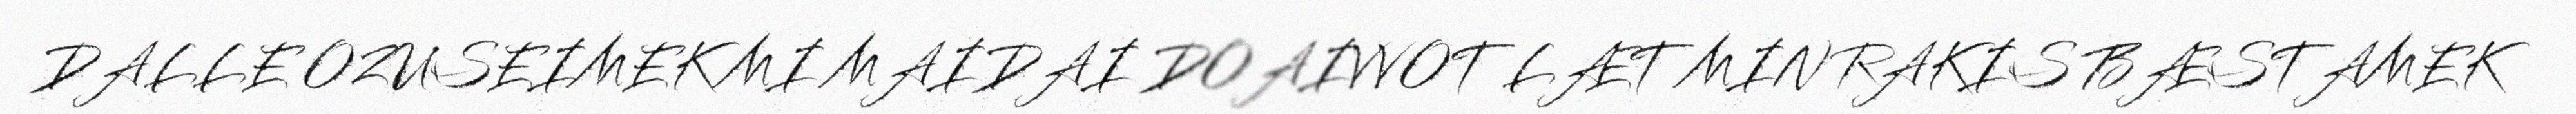
DALLE OZUSEIMEK MI MAIDAI DOAIVVOT LÆT MIN RAKIS BÆSTAMEK